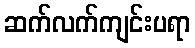
ဆက်လက်ကျင်းပရာ